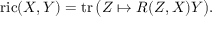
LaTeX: \operatorname { r i c } ( X , Y ) = \operatorname { t r } { \big ( } Z \mapsto R ( Z , X ) Y { \big ) } .